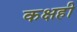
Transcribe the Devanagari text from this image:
कक्षही